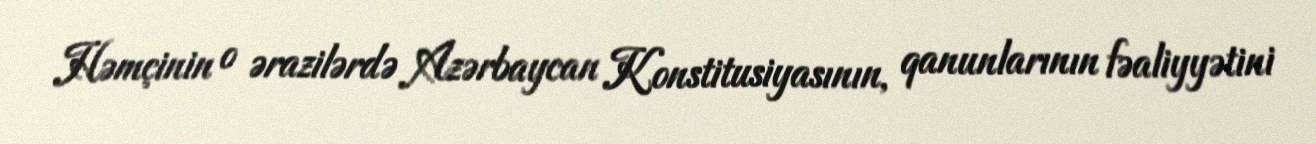
Həmçinin o ərazilərdə Azərbaycan Konstitusiyasının, qanunlarının fəaliyyətini